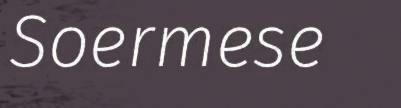
Soermese